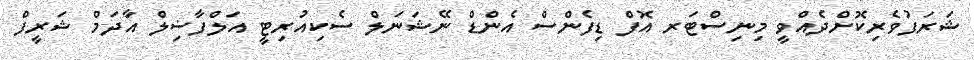
ޝަރަފުވެރިކޮށްދެއްވީ މިނިސްޓަރ އޮފް ޑިފެންސް އެންޑް ނޭޝަނަލް ސެކިއުރިޓީ އަލްފާޟިލް އާދަމް ޝަރީފް